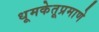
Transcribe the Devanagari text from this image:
धूमकेतूप्रमाणे